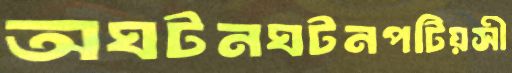
অঘটনঘটনপটিয়সী